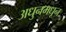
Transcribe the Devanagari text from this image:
अधुनमधून